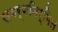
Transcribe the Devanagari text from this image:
स्वर्णनिर्मित